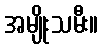
အမျိုးသမီး။